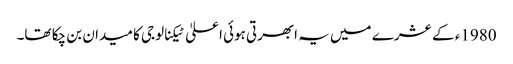
1980ء کے عشرے میں یہ ابھرتی ہوئی اعلیٰ ٹیکنالوجی کا میدان بن چکا تھا۔